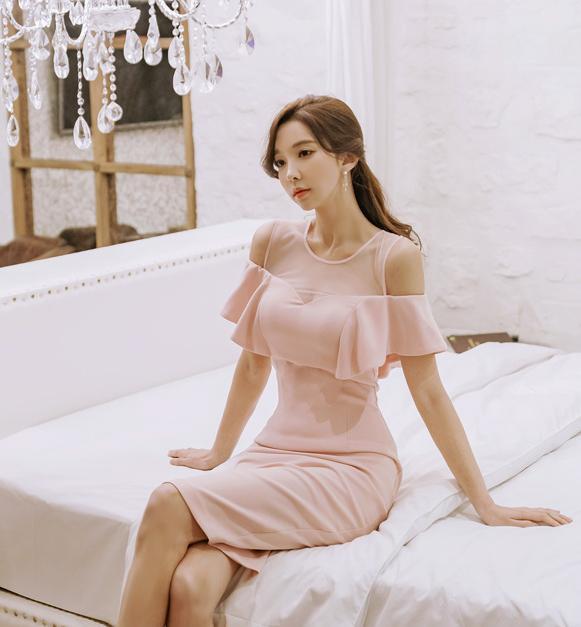
君怀良不开，贱妾当何依。